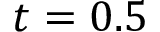
t = 0 . 5